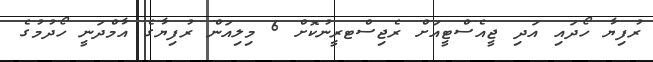
ރުފިޔާ ހޯދައި އަދި ޖީއެސްޓީއަށް ރެޖިސްޓރީނުކޮށް 6 މިލިއަން ރުފިޔާގެ އާމްދަނީ ހޯދުމުގެ